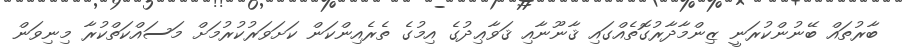
ބާރުތައް ބޭނުންކުރަނީ ޒިންމާދާރުގޮތެއްގައި ޤާނޫނާއި ޤަވާޢިދުގެ އިމުގެ ތެރެއިންކަން ކަށަވަރުކުރުމަށް މަސައްކަތްކުރާ މިނިވަން